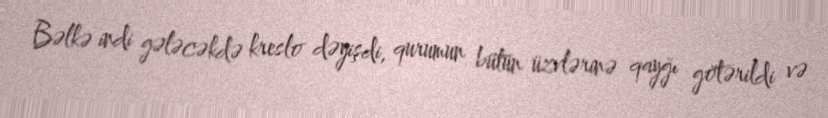
Bəlkə indi gələcəkdə kreslo dəyişdi, qurumun bütün üzvlərinə qayğı götərildi və